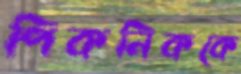
পিকনিককে